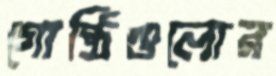
গোষ্ঠিগুলোর